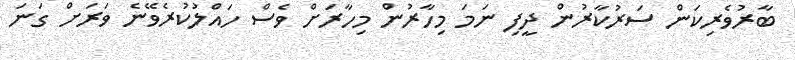
ބާރުވެރިކަން ސަރުކާރުން ދީފި ނަމަ މިހާރުން މިހާރަށް ވެސް ހައްލުކުރެވޭނެ ވަރަށް ގަނަ